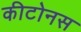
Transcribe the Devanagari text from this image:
कीटोनस